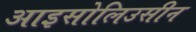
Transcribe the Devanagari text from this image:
आइसोलिउसीन